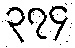
၃၇၄